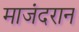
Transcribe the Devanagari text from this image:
माजंदरान